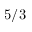
5 / 3